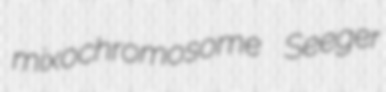
mixochromosome Seeger